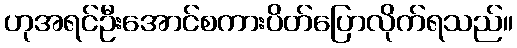
ဟုအရင်ဦးအောင်စကားပိတ်ပြောလိုက်ရသည်။